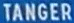
TANGER